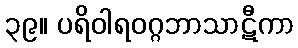
၃၉။ ပရိဝါရဝဂ္ဂဘာသာဋီကာ